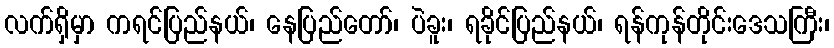
လက်ရှိမှာ ကရင်ပြည်နယ်၊ နေပြည်တော်၊ ပဲခူး၊ ရခိုင်ပြည်နယ်၊ ရန်ကုန်တိုင်းဒေသကြီး၊